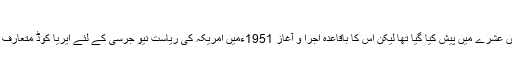
ایریا کوڈ
اگرچہ ایریا کوڈ کا تصور بیسویں صدی کے پانچویں عشرے میں پیش کیا گیا تھا لیکن اس کا باقاعدہ اجرا و آغاز 1951ءمیں امریکہ کی ریاست نیو جرسی کے لئے ایریا کوڈ متعارف کروانے سے ہوا، نیوجرسی کا ایریا کوڈ 201 ہے۔